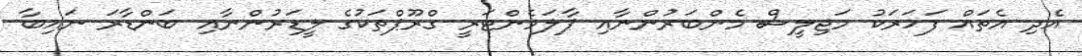
އެދި އެތައް ފަހަރަކު މަޖިލީސް މެންބަރުންނާއި ޕާލަމެންޓަރީ ގްރޫޕްތަކުގެ ލީޑަރުންނާއި ބަންޑާރަ ނައިބާ